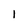
Character: I